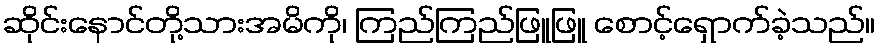
ဆိုင်းနောင်တို့သားအမိကို၊ ကြည်ကြည်ဖြူဖြူ စောင့်ရှောက်ခဲ့သည်။